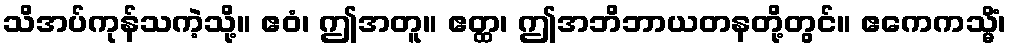
သိအပ်ကုန်သကဲ့သို့။ ဧဝံ၊ ဤအတူ။ ဧတ္ထ၊ ဤအဘိဘာယတနတို့တွင်။ ဧကေကသ္မိံ၊